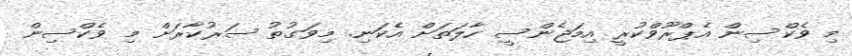
މި ވެކްސިން އެޕްރޫވްކުރީ އިމަޖެންސީ ހާލަތަށް އެކަނި. މިވަގުތު ސަރުކާރަށް މި ވެކްސިން